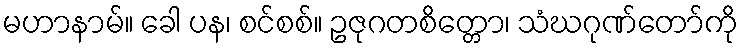
မဟာနာမ်။ ခေါ ပန၊ စင်စစ်။ ဥဇုဂတစိတ္တော၊ သံဃဂုဏ်တော်ကို